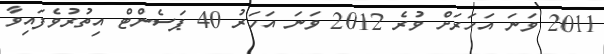
2011 ވަނަ އަހަރަށް ވުރެ 2012 ވަނަ އަހަރު 40 ޕަސެންޓް އިތުރުވެފައިވާ